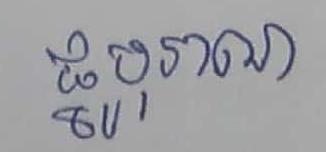
ផ្នូបុរាណ